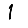
Digit: 1